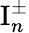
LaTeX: \mathrm{I}_{n}^{\pm}